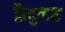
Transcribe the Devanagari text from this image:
फ़ैबुलस